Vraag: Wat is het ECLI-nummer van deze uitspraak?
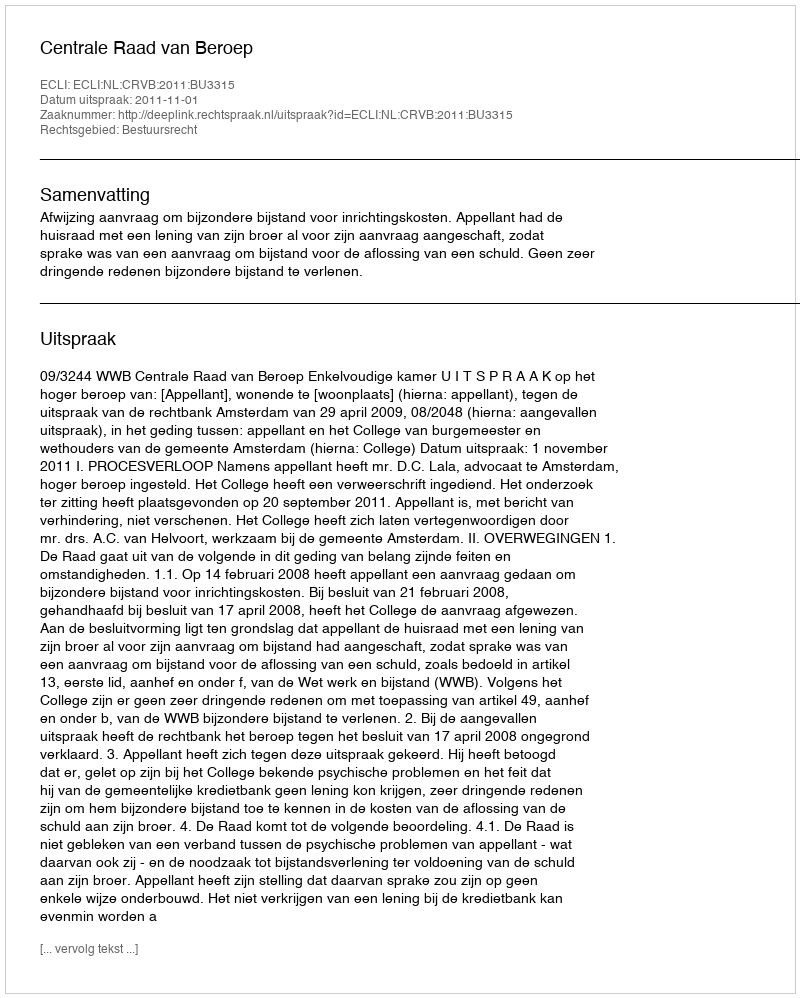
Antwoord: ECLI:NL:CRVB:2011:BU3315